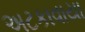
અટકાવાયા